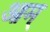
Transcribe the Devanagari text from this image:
आम्